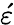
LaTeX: \acute{\varepsilon}